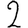
Digit: 2